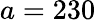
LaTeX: a=230